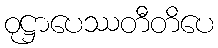
ဝုဋ္ဌာပေဿတီတိပေ